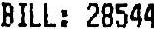
BILL: 28544